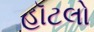
હૉટલો